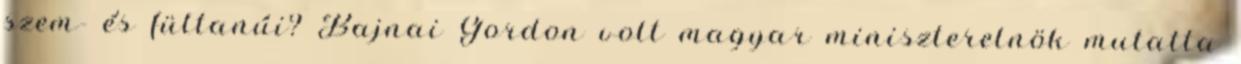
szem- és fültanúi? Bajnai Gordon volt magyar miniszterelnök mutatta